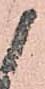
候